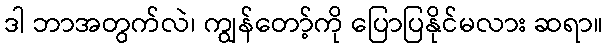
ဒါ ဘာအတွက်လဲ၊ ကျွန်တော့်ကို ပြောပြနိုင်မလား ဆရာ။